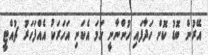
އޭރުން ބޮޑު ކޮށް ހަދާފައި ހުންނާނީ ހަމަ އެކަނި އަހަރަކު އެއްފަހަރު ޗުއްޓީ